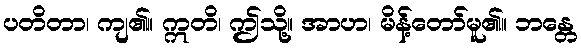
ပတိတာ၊ ကျ၏။ ဣတိ၊ ဤသို့။ အာဟ၊ မိန့်တော်မူ၏။ ဘန္တေ